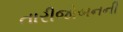
તારીજોબનની